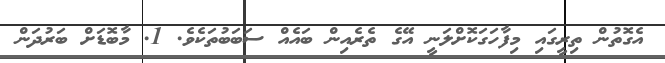
އެގޮތުން ތިރީގައި މިފާހަގަކޮށްލަނީ އޭގެ ތެރެއިން ބައެއް ސަބަބުތަކެވެ. 1. މާބޮޑަށް ބަރުދަން